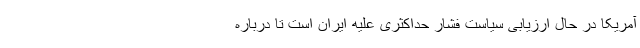
آمریکا در حال ارزیابی سیاست فشار حداکثری علیه ایران است تا درباره